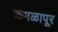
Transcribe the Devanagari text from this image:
कमळापूर